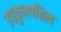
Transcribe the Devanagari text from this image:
उपकुलपतित्व